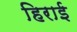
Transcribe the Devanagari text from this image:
हिराई